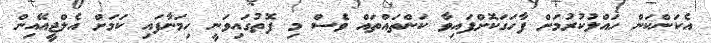
އެކަންކަން ހައްލުކުރުމަށް ފާހަގަކޮށްފައިވާ ކަންތައްތައް ވެސް މި ފޮތުގައިވަނީ ހިމަނާފައި ކަމަށް އެލްޖީއޭއިން